Leaving Certificate Examination (including Day School Certificate (Higher) General paper), 1938
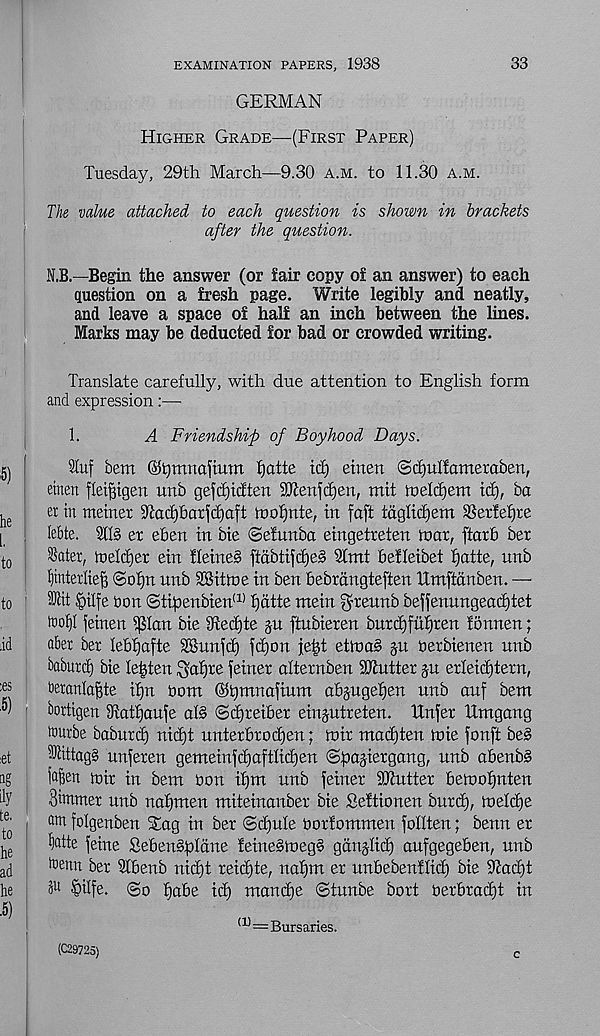
EXAMINATION PAPERS, 1938
33
GERMAN
Higher Grade—(First Paper)
Tuesday, 29th March—9.30 a.m. to 11.30 a.m.
The value attached to each question is shown in brackets
after the question.
N.B.—Begin the answer (or fair copy of an answer) to each
question on a fresh page. Write legibly and neatly,
and leave a space of half an inch between the lines.
Marks may be deducted for bad or crowded writing.
'
Translate carefully, with due attention to English form
and expression:—
1.
A Friendship of Boyhood Days.
luf bem ©tymnaftum fjatte id) emeu ©djitlfameraben,
emett flei^tgen unb gefcfjicften SP'tenfdjen, mit toelcfjem id), ba
er in meiner 9tacf)6arfcf)aft tnofjnte, in faft tdglidjem S5er!ef)re
lebte.
ex ebert in bie ©efunba eingetreten iuar, ftaxb ber
^oter, tneldier ein Heines ftdbtifd)e§ Sfmt befleibet tjatte, nnb
Ijintexliefj @of)n nnb SBittne in ben bebrdngteften Hmffdnbert. —
Kit §ilfe non @tipenbien (1) fjdtte mein gneunb beffenungeadjtet
tool)! feinen ipian bie s Jted)te §n ftubieren burd)fuf)ren tonnen;
abet bex lebfjafte SBnnfd) fd)on jet)t ettoa§ §u oexbienen unb
babuxd) bie lenten ^af)xe feinex altexnben SDtnttex p exleid)texn,
beranla^te if)n bom ©bmnafinm abjuge£)en unb anf bem
' bortigen iRatfjaufe olS @d)xeibex einjutxeten. Unfex ilmgang
txurbe babuxd) nid)t untexbxod)en; mix madjten mie fonft beS
KittagS unfexen gemeinfd)aftlid)en ©pajiexgang, nnb abenbS
i a fhn mix in bem bon ilpn unb feinex SDtuttex bemofjnten
Sitttmex unb nafjmen miteinanbex bie Seftionen bnxd), meldje
am folgenben Stag in bex ©dfule boxfommen follten; benn ex
We feme Sebenspldne feineSmegS gdng-Iid) aufgegeben, unb
toenn bex 31benb nid)t xeid^te, nafjm ex unbebenflid) bie Uladf
§ilfe. (So pabe id) mandfe ©tnnbe boxt bexbxad)t in
(1) =Bursaries.
(C29725)
c